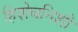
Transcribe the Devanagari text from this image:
हिशेबनिशी